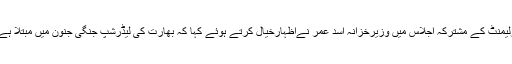
اسپیکر اسد قیصر کی زیر صدارت جاری پارلیمنٹ کے مشترکہ اجلاس میں وزیرخزانہ اسد عمر نےاظہارخیال کرتے ہوئے کہا کہ بھارت کی لیڈرشپ جنگی جنون میں مبتلا ہے بھارت نے حملہ کرکے بچگانہ حرکت کی۔